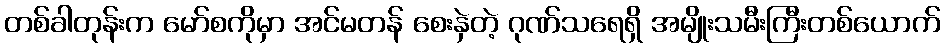
တစ်ခါတုန်းက မော်စကိုမှာ အင်မတန် စေးနှဲတဲ့ ဂုဏ်သရေရှိ အမျိုးသမီးကြီးတစ်ယောက်